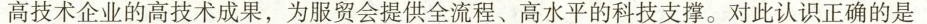
高技术企业的高技术成果，为服贸会提供全流程、高水平的科技支撑。对此认识正确的是